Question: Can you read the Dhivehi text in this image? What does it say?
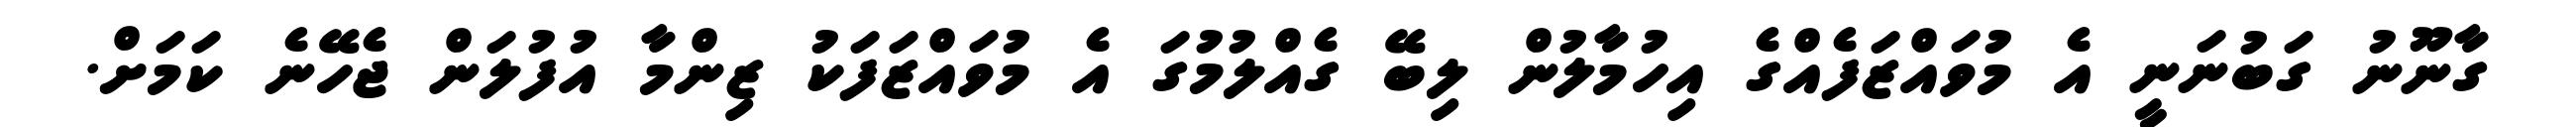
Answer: ގާނޫނު ގަބުނަނީ އެ މުވައްޒަފެއްގެ އިހުމާލުން ލިބޭ ގެއްލުމުގަ އެ މުވައްޒަފަކު ޒިންމާ އުފުލަން ޖެހޭނެ ކަމަށް.